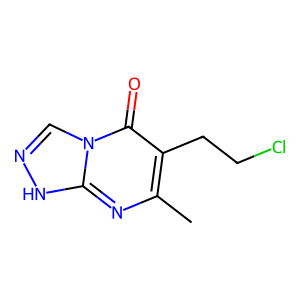
SMILES: Cc1nc2[nH]ncn2c(=O)c1CCCl
Inhibits HIV replication: No